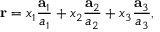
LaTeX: \mathbf { r } = x _ { 1 } { \frac { \mathbf { a } _ { 1 } } { a _ { 1 } } } + x _ { 2 } { \frac { \mathbf { a } _ { 2 } } { a _ { 2 } } } + x _ { 3 } { \frac { \mathbf { a } _ { 3 } } { a _ { 3 } } } ,